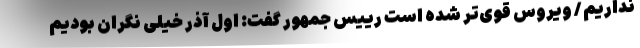
نداریم / ویروس قوی‌تر شده است رییس جمهور گفت: اول آذر خیلی نگران بودیم